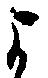
よ